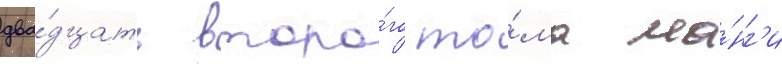
два́дцать второ́го то́ма ма́нг'и